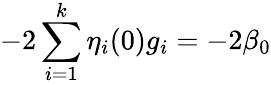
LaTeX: -2\sum_{i=1}^{k}\eta_{i}(0)g_{i}=-2\beta_{0}